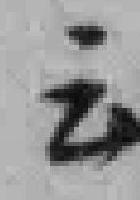
云